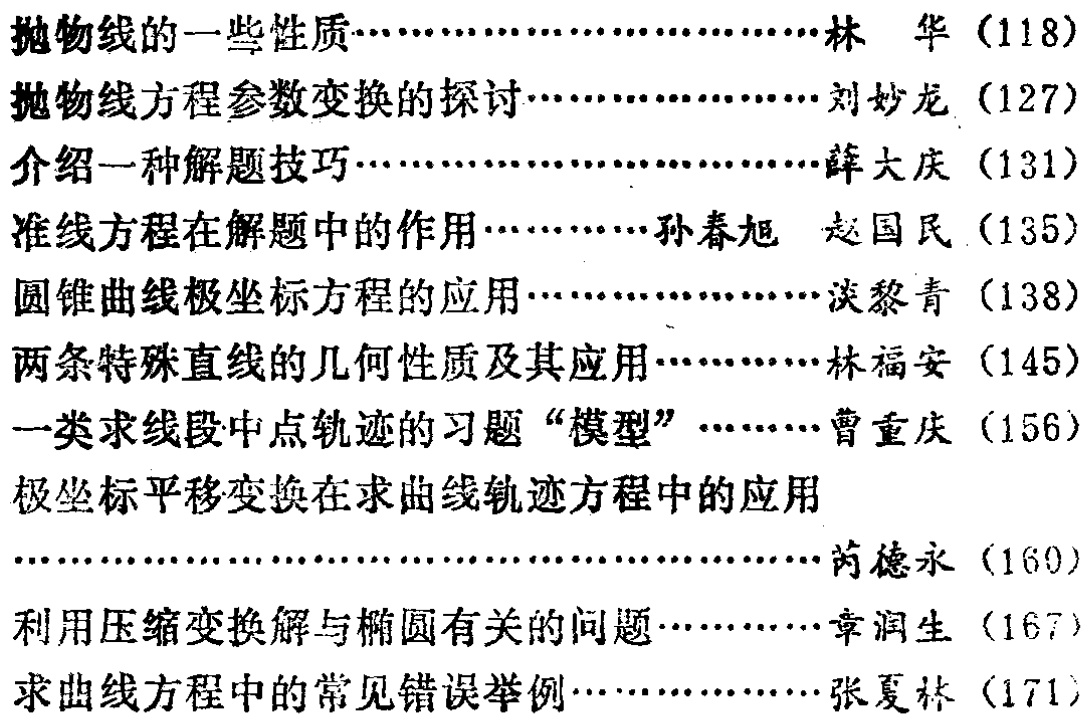
\begin{enumerate}

\item 抛物线的一些性质……林 华（118）

\item 抛物线方程参数变换的探讨……刘妙龙（127）

\item 介绍一种解题技巧……薛大庆（131）

\item 准线方程在解题中的作用……孙春旭 赵国民（135）

\item 圆锥曲线极坐标方程的应用……淡黎青（138）

\item 两条特殊直线的几何性质及其应用……林福安（145）

\item 一类求线段中点轨迹的习题“模型”……曹重庆（156）

\item 极坐标平移变换在求曲线轨迹方程中的应用……芮德永（160）

\item 利用压缩变换解与椭圆有关的问题……章润生（167）

\item 求曲线方程中的常见错误举例……张夏林（171）

\end{enumerate}